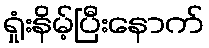
ရှုံးနိမ့်ပြီးနောက်